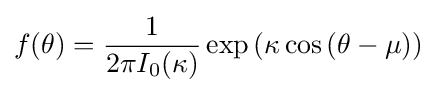
f(\theta )={\frac {1}{2\pi I_{0}(\kappa )}}\exp \left(\kappa \cos {(\theta -\mu )}\right)